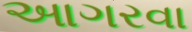
આગરવા